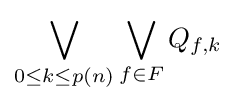
\bigvee _{0\leq k\leq p(n)}\bigvee _{f\in F}Q_{f,k}